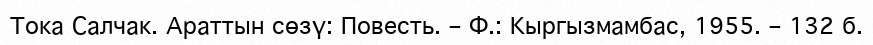
Тока Салчак. Араттын сөзү: Повесть. – Ф.: Кыргызмамбас, 1955. – 132 б.